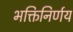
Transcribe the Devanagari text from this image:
भक्तिनिर्णय